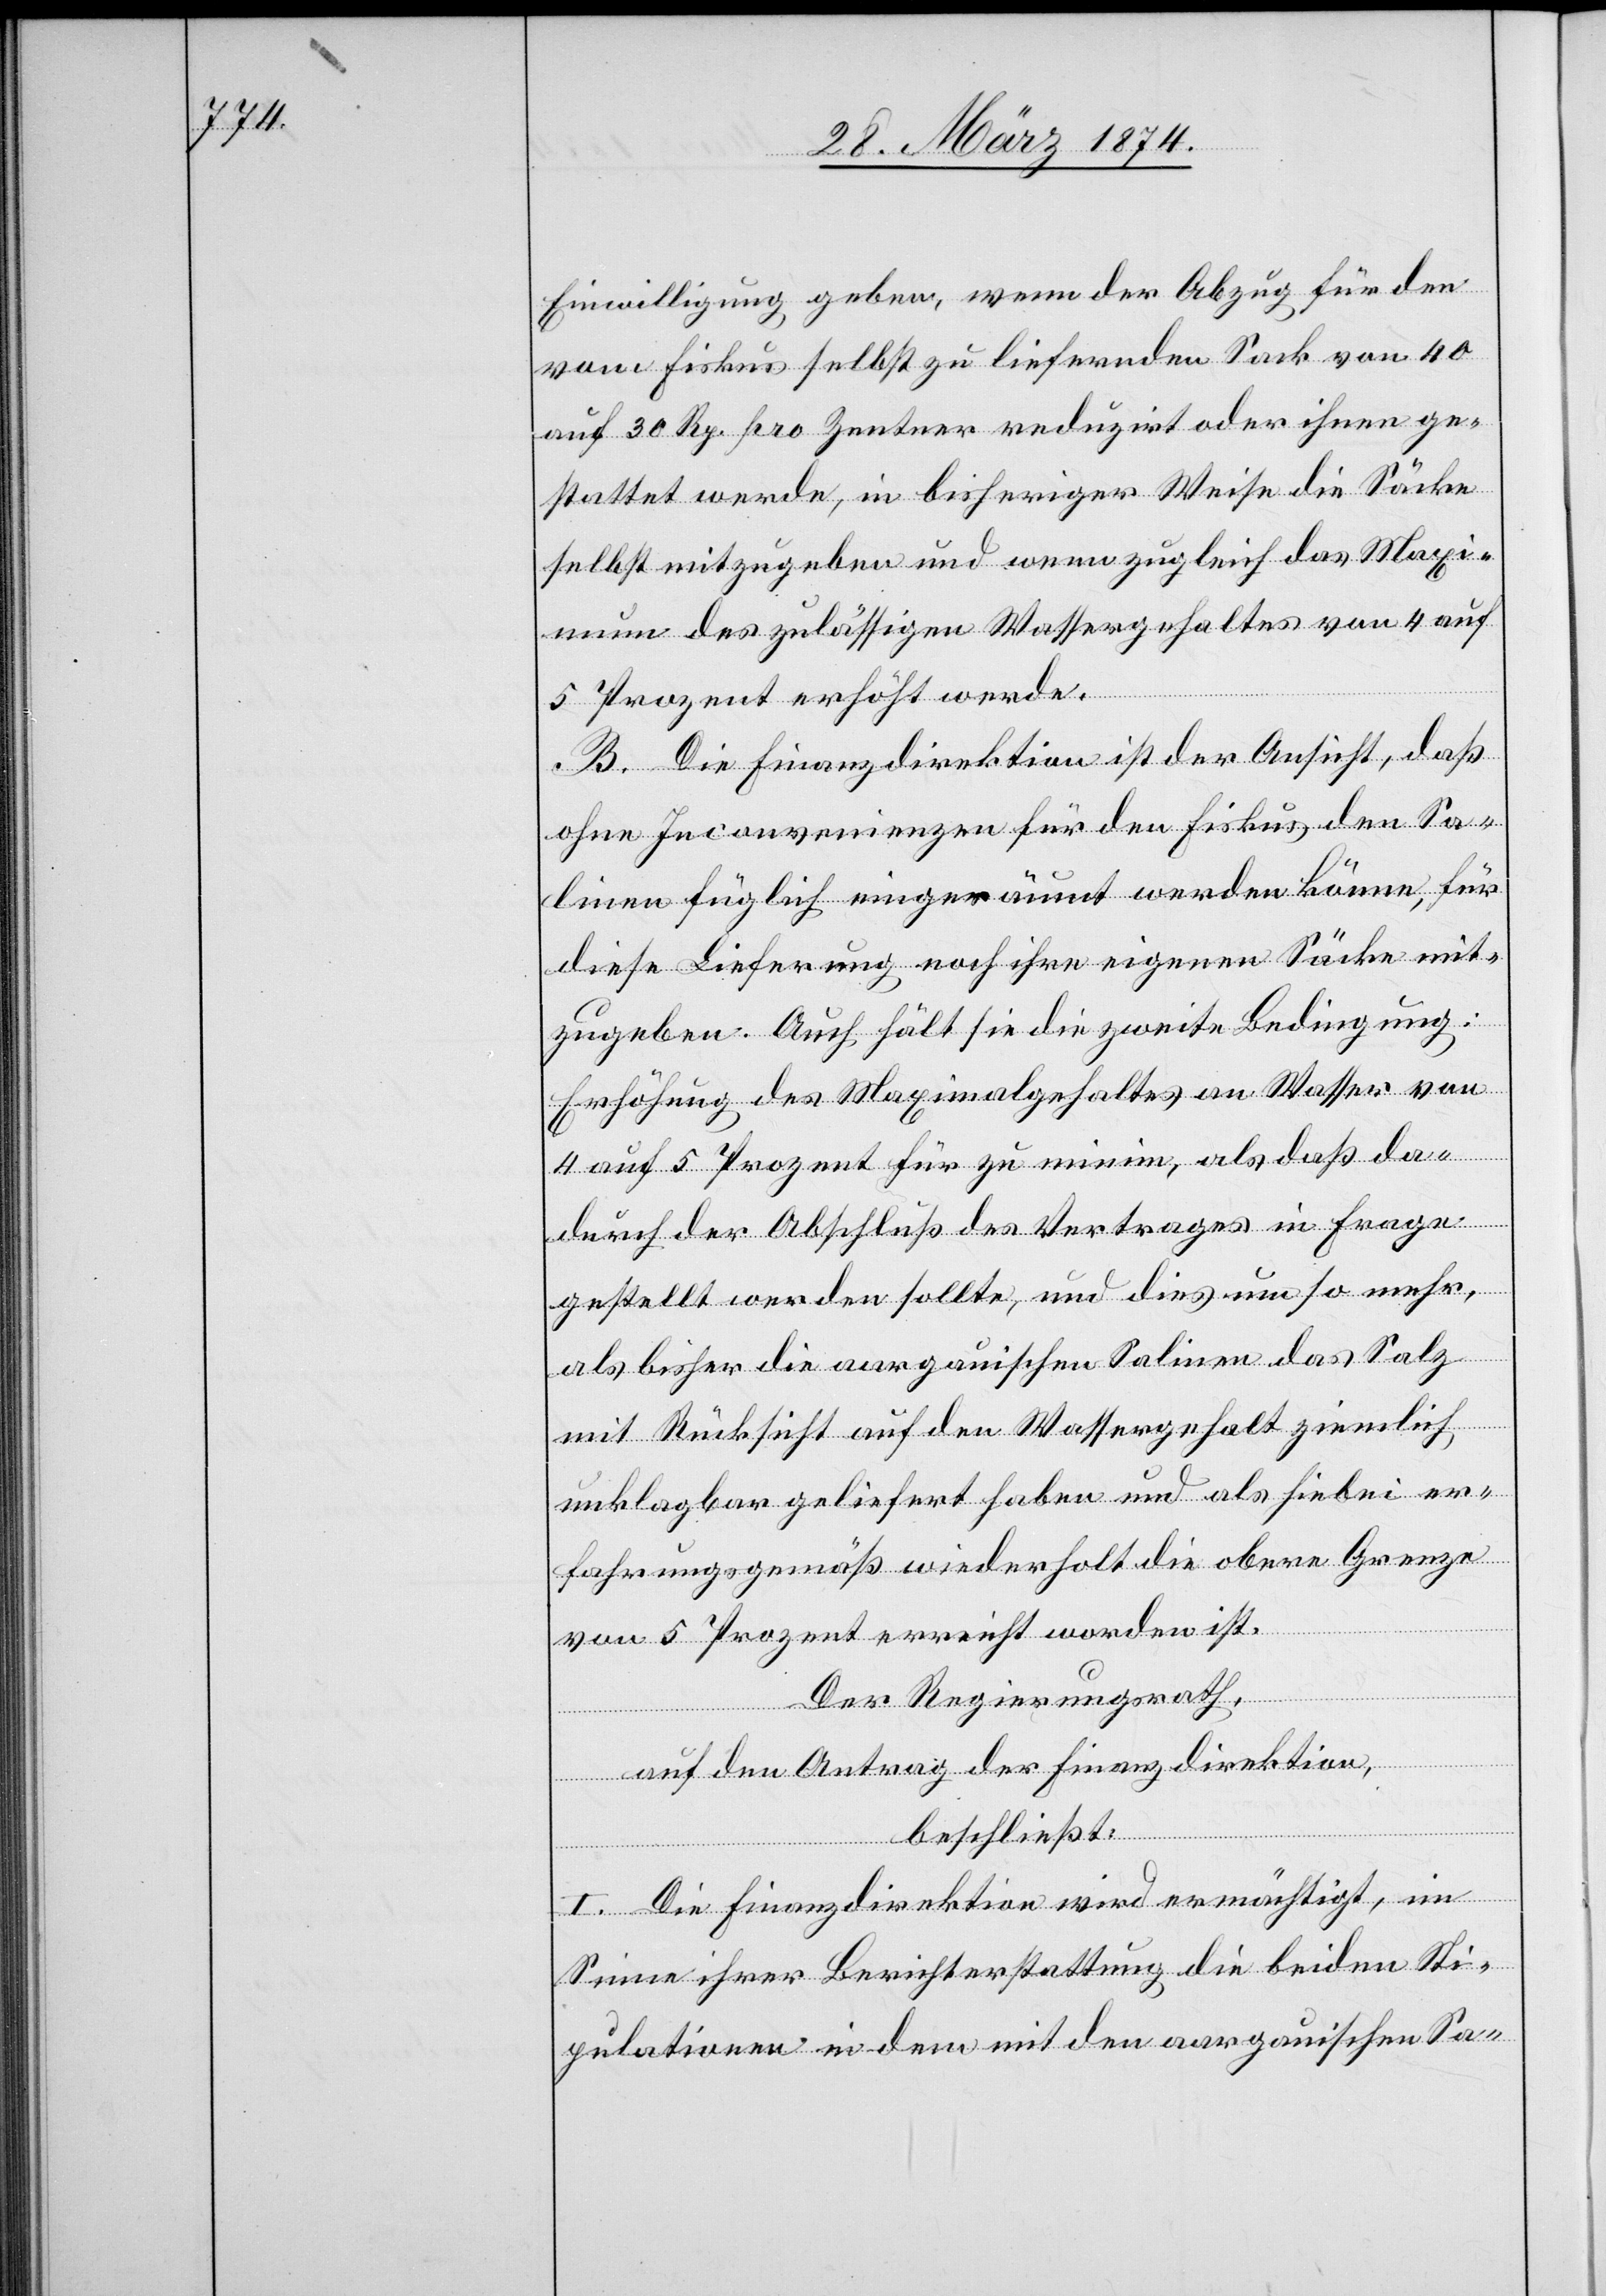
Einwilligung geben, wenn der Abzug für den
vom Fiskus selbst zu liefernden Sack von 40
auf 30 Rp. pro Zentner reduzirt oder ihnen ge¬
stattet werde, in bisheriger Weise die Säcke
selbst mitzugeben und wenn zugleich das Maxi¬
mum des zulässigen Wassergehaltes von 4 auf
5 Prozent erhöht werde.
B. Die Finanzdirektion ist der Ansicht, daß
ohne Inconvenienzen für den Fiskus den Sa¬
linen füglich eingeräumt werden könne, für
diese Lieferung noch ihre eigenen Säcke mit¬
zugeben. Auch hält sie die zweite Bedingung:
Erhöhung des Maximalgehaltes an Wasser von
4 auf 5 Prozent für zu minim als daß da¬
durch der Abschluß des Vertrages in Frage
gestellt werden sollte, und dies um so mehr,
als bisher die aargauischen Salinen das Salz
mit Rücksicht auf den Wassergehalt ziemlich
unklagbar geliefert haben und als hiebei er¬
fahrungsgemäß weiderholt die obere Grenze
von 5 Prozent erreicht worden ist.
Der Regierungsrath,
auf den Antrag der Finanzdirektion,
beschließt:
I. Die Finanzdirektion wird ermächtigt, im
Sinne ihrer Berichterstattung die beiden Sti¬
pulationen in dem mit den aargauischen Sa-